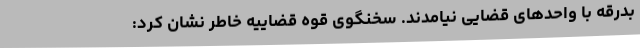
بدرقه با واحدهای قضایی نیامدند. سخنگوی قوه قضاییه خاطر نشان کرد: